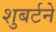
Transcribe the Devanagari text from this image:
शुबर्टने